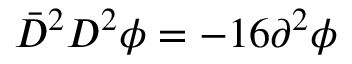
\bar { D } ^ { 2 } D ^ { 2 } \phi = - 1 6 \partial ^ { 2 } \phi